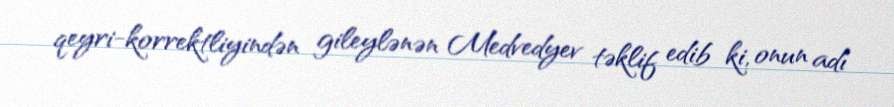
qeyri-korrektliyindən gileylənən Medvedyev təklif edib ki, onun adı